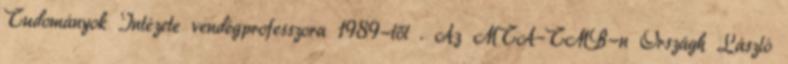
Tudományok Intézete vendégprofesszora 1989-től . Az MTA–TMB-n Országh László